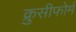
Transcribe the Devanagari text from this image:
क्रुसीफोर्म